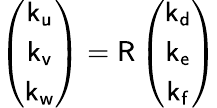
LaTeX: \left(\begin{array}{c}{\mathsf{k_{u}}}\\ {\mathsf{k_{v}}}\\ {\mathsf{k_{w}}}\end{array}\right)=\mathsf{R}\left(\begin{array}{c}{\mathsf{k_{d}}}\\ {\mathsf{k_{e}}}\\ {\mathsf{k_{f}}}\end{array}\right)